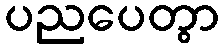
ပညပေတွာ